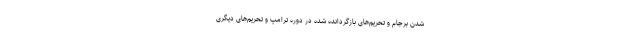
شدن برجام و تحریم‌های بازگردانده شده در دوره ترامپ و تحریم‌های دیگری